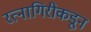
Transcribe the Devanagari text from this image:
रत्नागिरीकडून